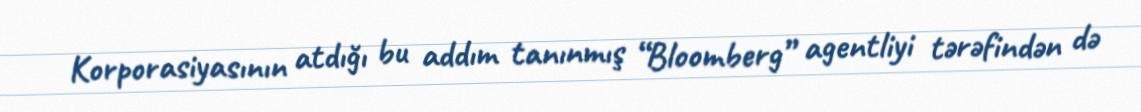
Korporasiyasının atdığı bu addım tanınmış “Bloomberg” agentliyi tərəfindən də